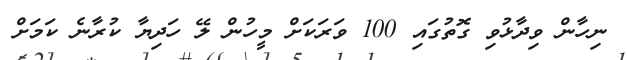
ނިހާން ވިދާޅުވި ގޮތުގައި 100 ވަރަކަށް މީހުން ލޭ ހަދިޔާ ކުރާނެ ކަމަށް